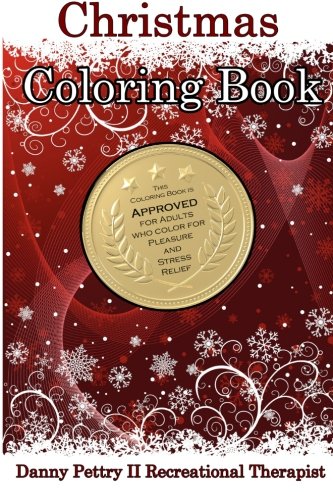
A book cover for Christmas Coloring Book: Approved for adults who color for pleasure and stress relief; Danny Pettry II; Crafts, Hobbies & Home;